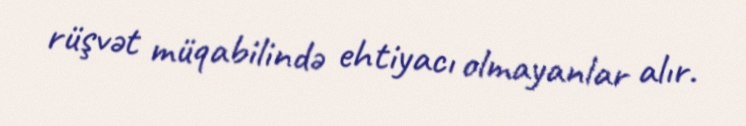
rüşvət müqabilində ehtiyacı olmayanlar alır.